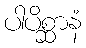
ပါပိစ္ဆာနံ